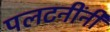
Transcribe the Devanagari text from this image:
पलटनींनी